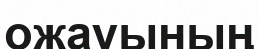
ожауының